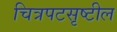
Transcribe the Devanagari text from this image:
चित्रपटसृष्टील